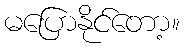
မပြောနိုင်တော့။